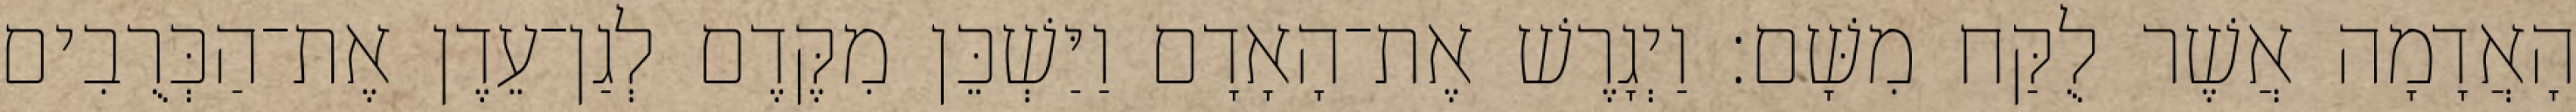
הָאֲדָמָה אֲשֶׁר לֻקַּח מִשָּׁם׃ וַיְגָרֶשׁ אֶת־הָאָדָם וַיַּשְׁכֵּן מִקֶּדֶם לְגַן־עֵדֶן אֶת־הַכְּרֻבִים